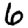
Digit: 6